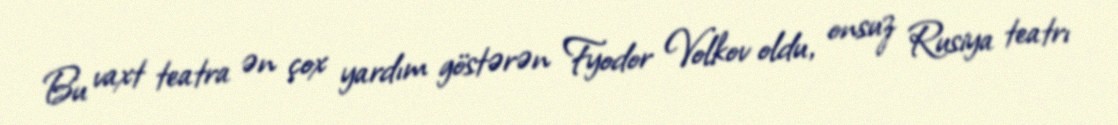
Bu vaxt teatra ən çox yardım göstərən Fyodor Volkov oldu, onsuz Rusiya teatrı